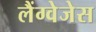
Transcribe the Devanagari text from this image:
लैंग्वेजेस